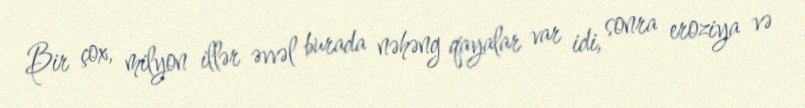
Bir çox, milyon illər əvvəl burada nəhəng qayalar var idi, sonra eroziya və